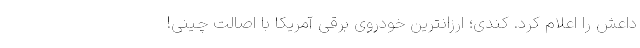
داعش را اعلام کرد. کندی؛ ارزانترین خودروی برقی آمریکا با اصالت چینی!